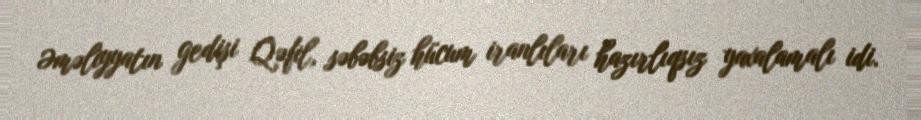
Əməliyyatın gedişi Qəfil, səbəbsiz hücum iranlıları hazırlıqsız yaxalamalı idi.